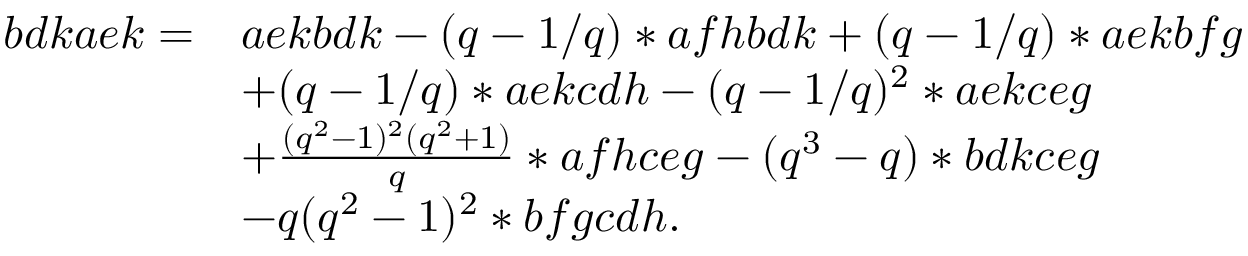
\begin{array} { r l } { b d k a e k = } & { a e k b d k - ( q - 1 / q ) * a f h b d k + ( q - 1 / q ) * a e k b f g } \\ & { + ( q - 1 / q ) * a e k c d h - ( q - 1 / q ) ^ { 2 } * a e k c e g } \\ & { + \frac { ( q ^ { 2 } - 1 ) ^ { 2 } ( q ^ { 2 } + 1 ) } { q } * a f h c e g - ( q ^ { 3 } - q ) * b d k c e g } \\ & { - q ( q ^ { 2 } - 1 ) ^ { 2 } * b f g c d h . } \end{array}